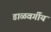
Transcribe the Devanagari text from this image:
डाळवर्गीय